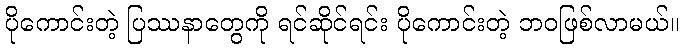
ပိုကောင်းတဲ့ ပြဿနာတွေကို ရင်ဆိုင်ရင်း ပိုကောင်းတဲ့ ဘဝဖြစ်လာမယ်။